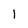
Character: l